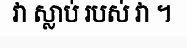
វា ស្លាប់ របស់ វា ។